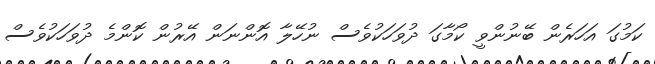
ކަމުގަ އަހަރެން ބޭނުންވީ ކޯމާގަ ދުވަހަކުވެސް ނުހޭލާ އޮންނަން އޭރުން ކޮންމެ ދުވަހަކުވެސް